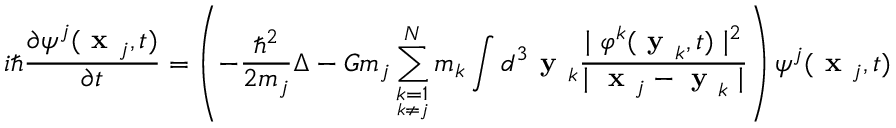
i \hbar \frac { \partial \psi ^ { j } ( \textbf { x } _ { j } , t ) } { \partial t } = \left( - \frac { \hbar ^ { 2 } } { 2 m _ { j } } \Delta - G m _ { j } \sum _ { \underset { k \neq j } { k = 1 } } ^ { N } m _ { k } \int d ^ { 3 } \textbf { y } _ { k } \frac { \mid \varphi ^ { k } ( \textbf { y } _ { k } , t ) \mid ^ { 2 } } { \mid \textbf { x } _ { j } - \textbf { y } _ { k } \mid } \right) \psi ^ { j } ( \textbf { x } _ { j } , t )